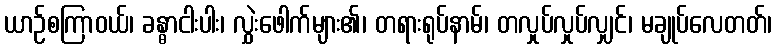
ယာဉ်စကြာဝယ်၊ ခန္ဓာငါးပါး၊ လွှဲးဖေါက်များ၏၊ တရားရုပ်နာမ်၊ တလှုပ်လှုပ်လျှင်၊ မချုပ်လေတတ်၊